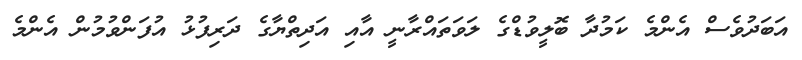
އަބަދުވެސް އެންމެ ކަމުދާ ބޮލީވުޑްގެ ލަވަތައްރާނީ އާއި އަދިތްޔާގެ ދަރިފުޅު އުފަންވުމުން އެންމެ